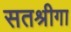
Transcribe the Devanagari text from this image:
सतश्रीगा